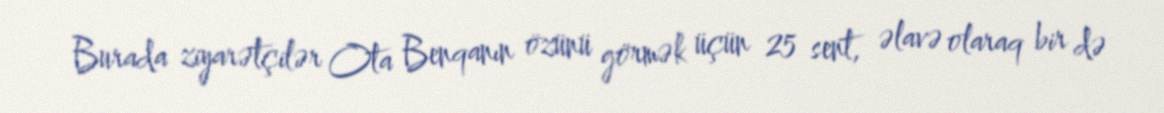
Burada ziyarətçilər Ota Benqanın özünü görmək üçün 25 sent, əlavə olaraq bir də